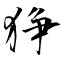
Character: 狰